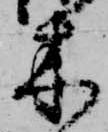
木